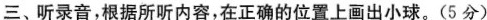
三、听录音，根据所听内容，在正确的位置上画出小球。（5分）